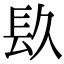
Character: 镹